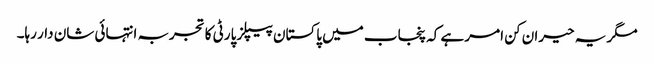
مگر یہ حیران کن امر ہے کہ پنجاب میں پاکستان پیپلز پارٹی کا تجربہ انتہائی شان دار رہا۔